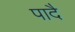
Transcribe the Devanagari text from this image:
पादै